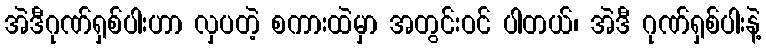
အဲဒီဂုဏ်ရှစ်ပါးဟာ လှပတဲ့ စကားထဲမှာ အတွင်းဝင် ပါတယ်၊ အဲဒီ ဂုဏ်ရှစ်ပါးနဲ့